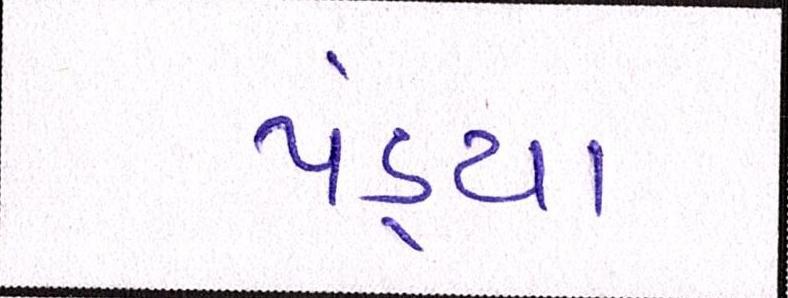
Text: પંડ્યા